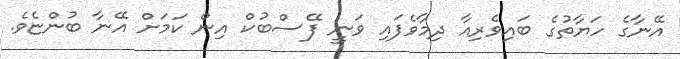
އޭނާގެ ހަޔާތުގެ ބައިވެރިއާ ދިމާވެފައި ވަނީ ފޭސްބުކް އިން ކަމަށް އޭނާ ބުންޏެވެ.